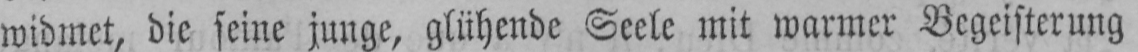
widmet, die seine junge, glühende Seele mit warmer Begeisterung